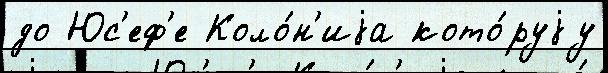
до Юс'еф'е Коло́н'иjа кото́руjу